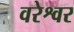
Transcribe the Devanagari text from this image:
वरेश्वर